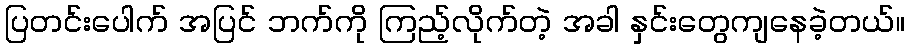
ပြတင်းပေါက် အပြင် ဘက်ကို ကြည့်လိုက်တဲ့ အခါ နှင်းတွေကျနေခဲ့တယ်။